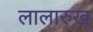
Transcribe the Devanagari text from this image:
लालारुख